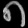
Digit: ၈